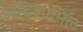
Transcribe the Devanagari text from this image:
आदिशामिल